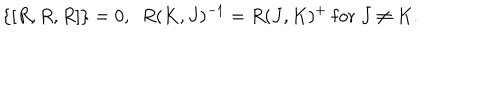
LaTeX: \{ [ R , R , R ] \} = 0 , \ \ R ( K , J ) ^ { - 1 } = R ( J , K ) ^ { + } \ \mathrm { f o r } \ J \neq K .